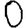
Digit: 0